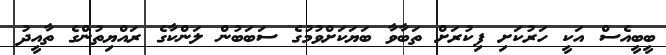
ބީބީއެސް އަކީ ހަރުކަށި ފިކުރަށް ތަބާވާ ބަޔަކަށްވުމުގެ ސަބަބުން ލަންކާގެ ރައްޔިތުންގެ ތާއީދު